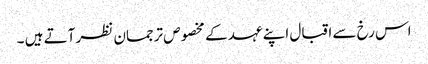
اس رخ سے اقبال اپنے عہد کے مخصوص ترجمان نظر آتے ہیں ۔